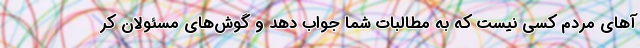
آهای مردم کسی نیست که به مطالبات شما جواب دهد و گوش‌های مسئولان کر